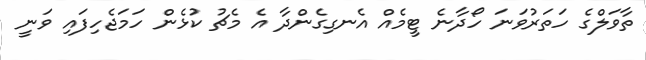
ތާވަލްގެ ހަތަރުވަނަ ހޯދާނެ ޓީމެއް އެނގިގެންދާ އެ މެޗު ކުޅެން ހަމަޖެހިފައި ވަނީ